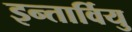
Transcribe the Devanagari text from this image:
इन्तार्वियु